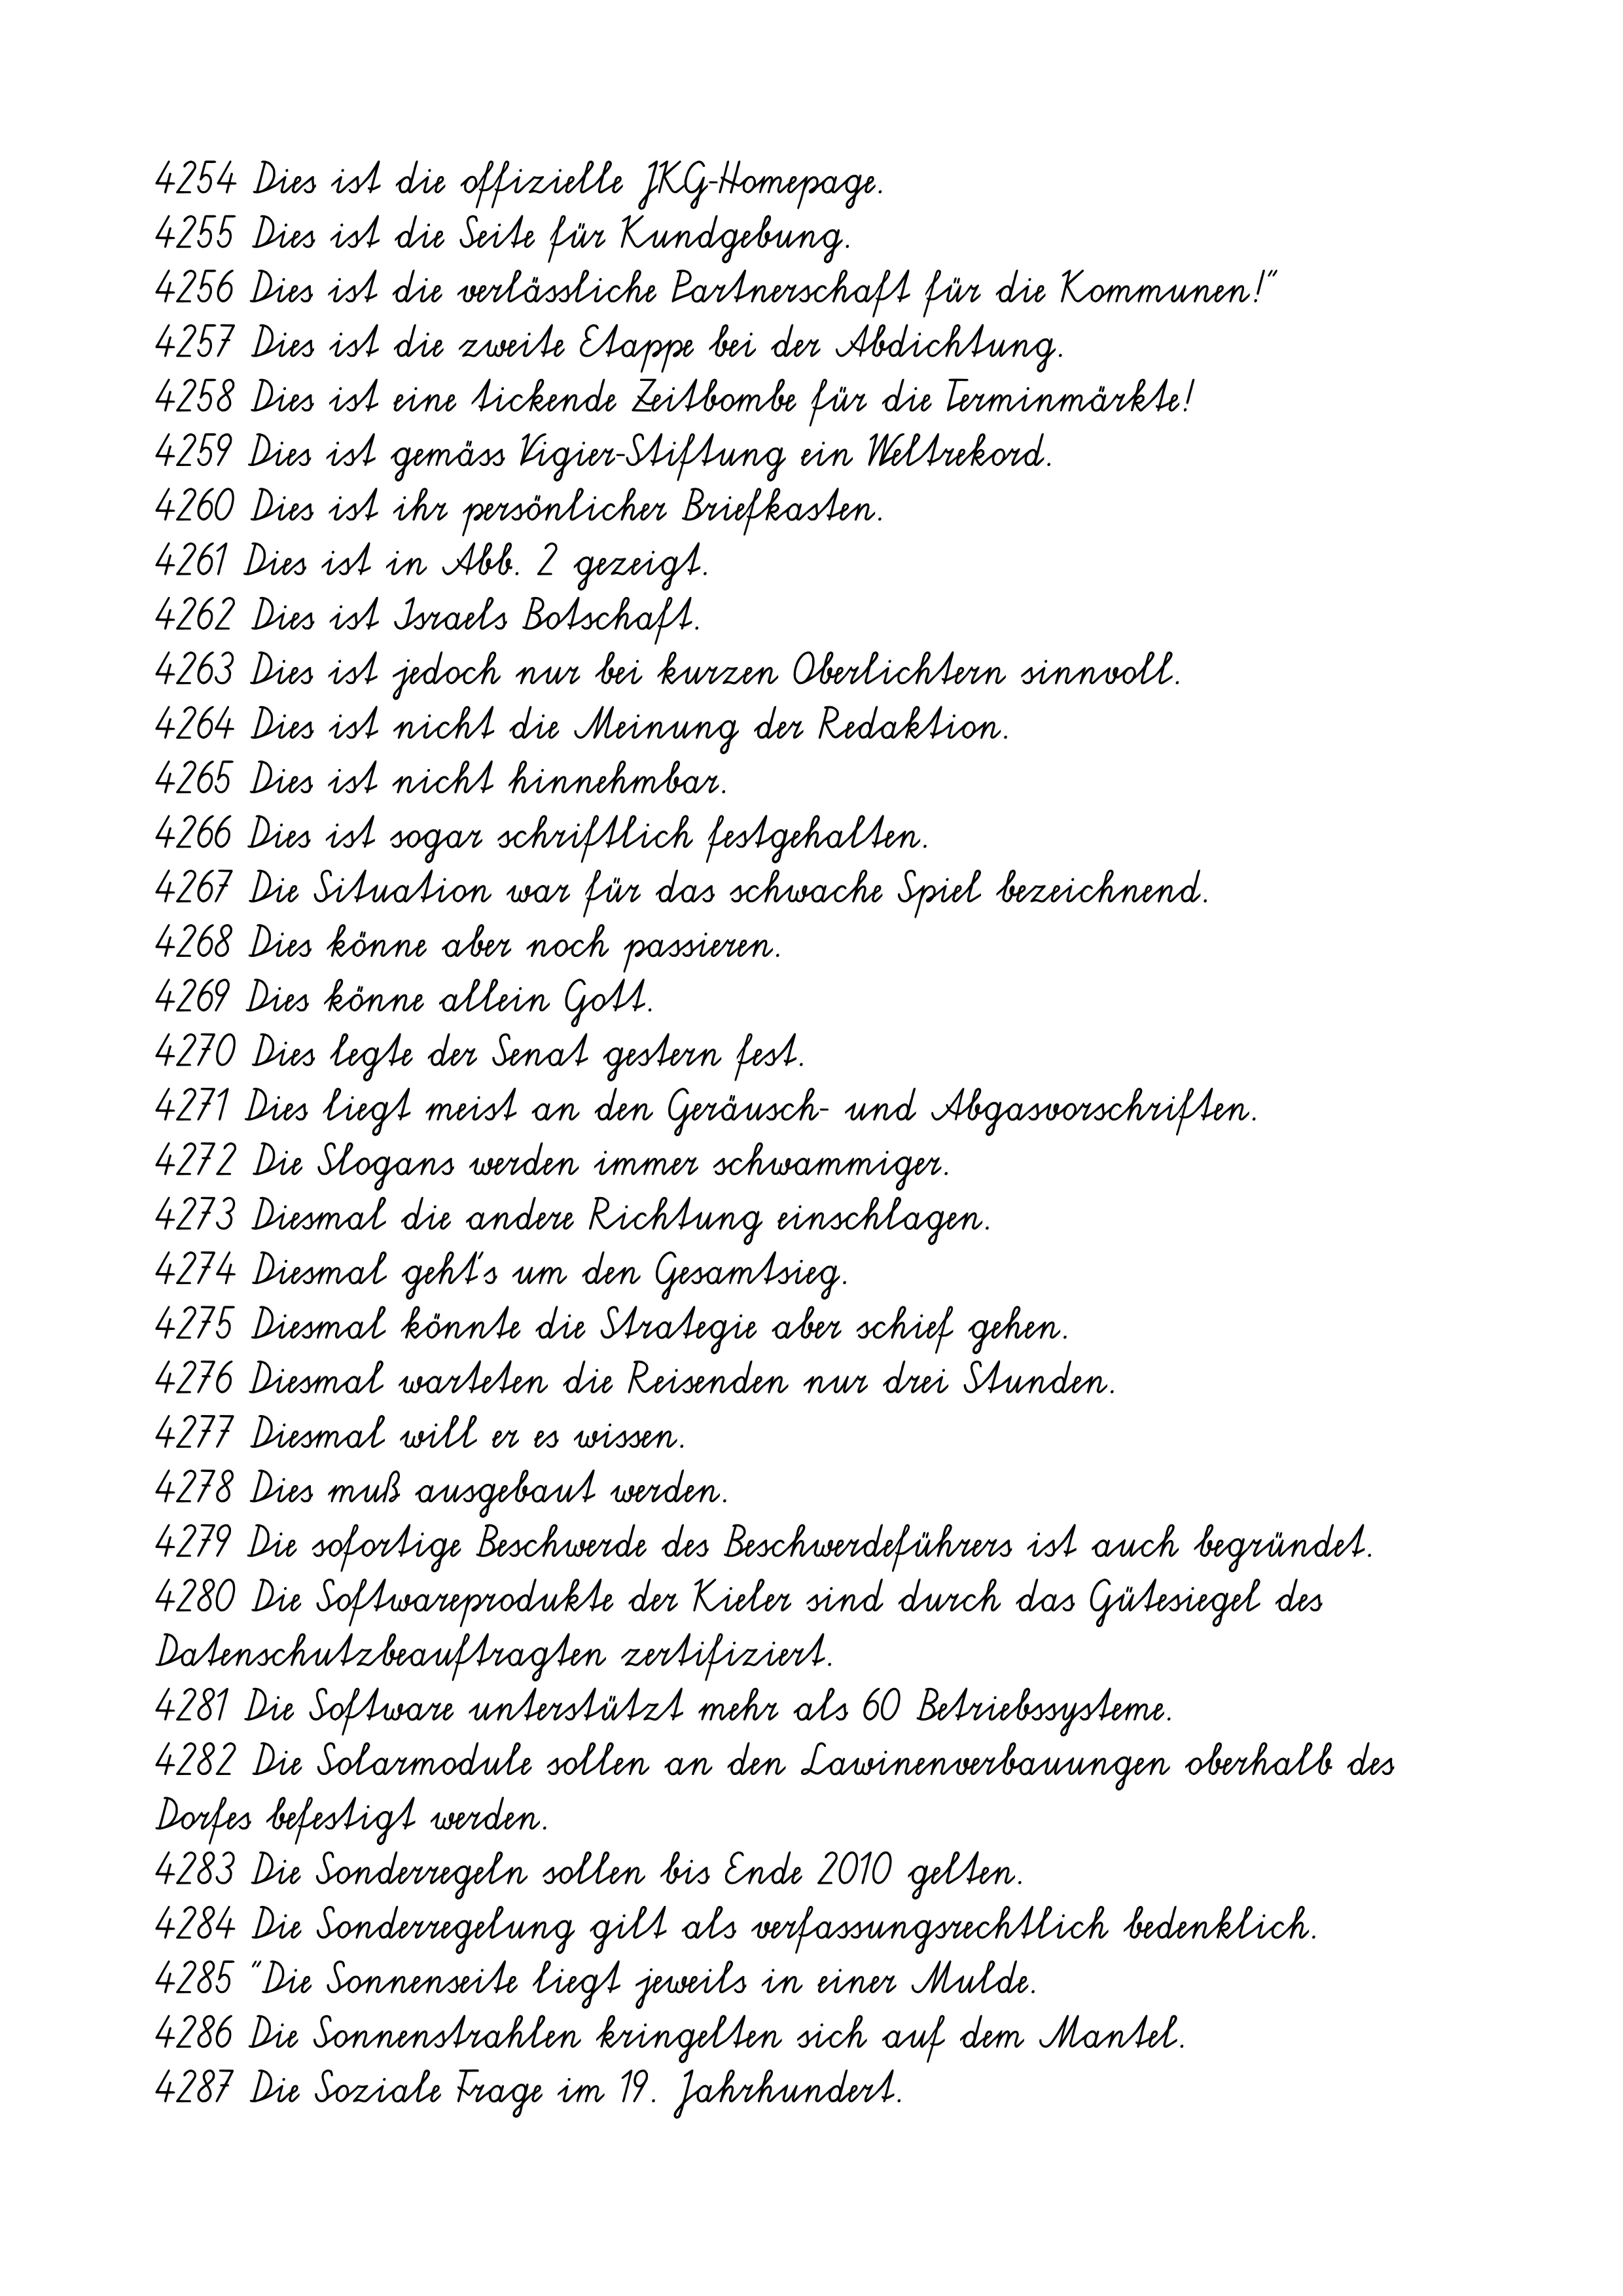
4254 Dies ist die offizielle JKG-Homepage.
4255 Dies ist die Seite für Kundgebung.
4256 Dies ist die verlässliche Partnerschaft für die Kommunen!"
4257 Dies ist die zweite Etappe bei der Abdichtung.
4258 Dies ist eine tickende Zeitbombe für die Terminmärkte!
4259 Dies ist gemäss Vigier-Stiftung ein Weltrekord.
4260 Dies ist ihr persönlicher Briefkasten.
4261 Dies ist in Abb. 2 gezeigt.
4262 Dies ist Israels Botschaft.
4263 Dies ist jedoch nur bei kurzen Oberlichtern sinnvoll.
4264 Dies ist nicht die Meinung der Redaktion.
4265 Dies ist nicht hinnehmbar.
4266 Dies ist sogar schriftlich festgehalten.
4267 Die Situation war für das schwache Spiel bezeichnend.
4268 Dies könne aber noch passieren.
4269 Dies könne allein Gott.
4270 Dies legte der Senat gestern fest.
4271 Dies liegt meist an den Geräusch- und Abgasvorschriften.
4272 Die Slogans werden immer schwammiger.
4273 Diesmal die andere Richtung einschlagen.
4274 Diesmal geht's um den Gesamtsieg.
4275 Diesmal könnte die Strategie aber schief gehen.
4276 Diesmal warteten die Reisenden nur drei Stunden.
4277 Diesmal will er es wissen.
4278 Dies muß ausgebaut werden.
4279 Die sofortige Beschwerde des Beschwerdeführers ist auch begründet.
4280 Die Softwareprodukte der Kieler sind durch das Gütesiegel des
Datenschutzbeauftragten zertifiziert.
4281 Die Software unterstützt mehr als 60 Betriebssysteme.
4282 Die Solarmodule sollen an den Lawinenverbauungen oberhalb des
Dorfes befestigt werden.
4283 Die Sonderregeln sollen bis Ende 2010 gelten.
4284 Die Sonderregelung gilt als verfassungsrechtlich bedenklich.
4285 "Die Sonnenseite liegt jeweils in einer Mulde.
4286 Die Sonnenstrahlen kringelten sich auf dem Mantel.
4287 Die Soziale Frage im 19. Jahrhundert.